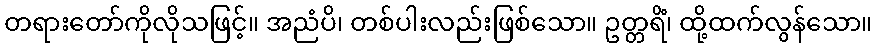
တရားတော်ကိုလိုသဖြင့်။ အညံပိ၊ တစ်ပါးလည်းဖြစ်သော။ ဥတ္တရိံ၊ ထို့ထက်လွန်သော။